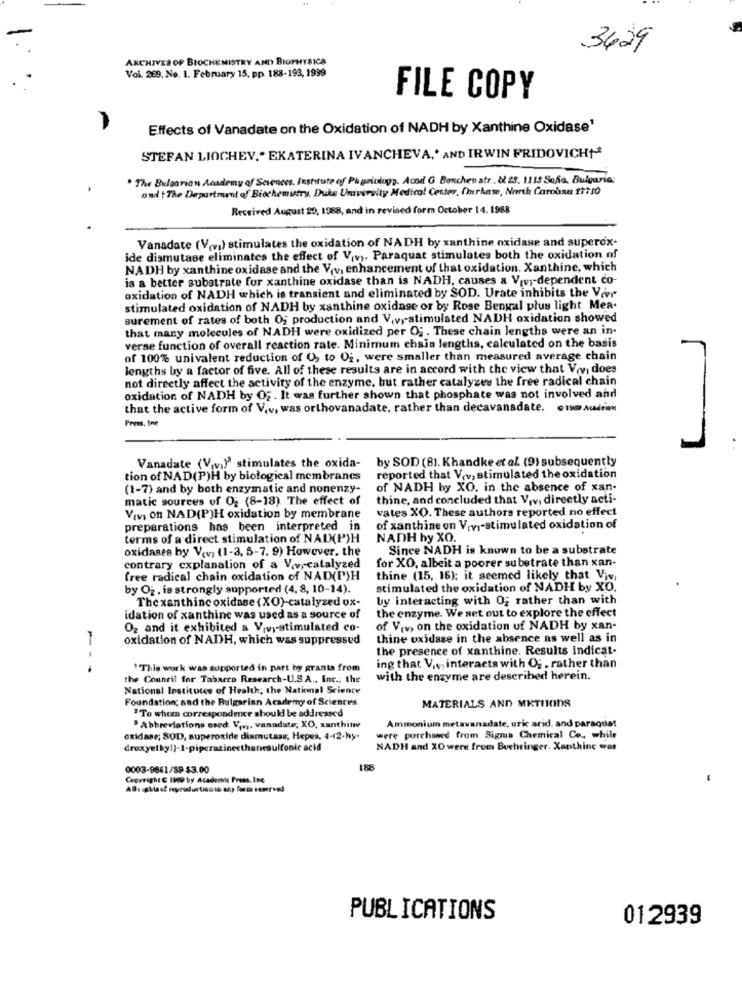
3629
ARCHIVES OF BIOCHEMISTRY AND BIOPHYSICS
Vol. 269. No. 1. February 15, pp. 188-193, 1999
FILE COPY
Effects of Vanadate on the Oxidation of NADH by Xanthine Oxidase'
STEFAN LIOCHEV." EKATERINA IVANCHEVA,' AND IRWIN FRIDOVICH+
. The Bulgarian Academy of Sciences. Institute of Physiology. Acod G Boncheu str .. & 23. 1119 Sofia, Bulgaria;
and t The Department of Biochemistry, Duke University Medical Center, (mrkas, North Carolina 17:10
Received August 20, 1988, and in revised form October 14. 1988
Vanadate (V(va) stimulates the oxidation of NADH by xanthine oxidase and superox-
ide dismutase eliminates the effect of Viv). Paraquat stimulates both the oxidation of
NADH by xanthine oxidase and the Vv, enhancement of that oxidation. Xanthine, which
is a better substrate for xanthine oxidase than is NADH, causes a Vivy-dependent co-
oxidation of NADH which is transient and eliminated by SOD. Urate inhibits the Vir
stimulated oxidation of NADH by xanthine oxidase or by Rose Bengal plus light Mea.
surement of rates of both 05 production and V.v .- stimulated NADH oxidation showed
that many molecules of NADH were oxidized per O; . These chain lengths were an in-
verse function of overall reaction rate. Minimum chain lengths, calculated on the basis
of 100% univalent reduction of O, to 0 ;, were smaller than measured average chain
lengths by a factor of five. All of these results are in accord with the view that Voy does
not directly affect the activity of the enzyme, but rather catalyzes the free radical chain
oxidation of NADH by OF. It was further shown that phosphate was not involved and
that the active form of V.v. was orthovanadate, rather than decavanadate. oise audrew
Press, Sne
by SOD (8). Khandke et al. (9) subsequently
Vanadate (Viv.)" stimulates the oxida-
tion of NAD(P)H by biological membranes
reported that Vev, stimulated the oxidation
(1-7) and by both enzymatic and nonenzy-
of NADH by XO, in the absence of xan-
matic sources of Og (8-18). The effect of
thine, and concluded that Viv, directly acti-
vates XO. These authors reported no effect
Yav, on NAD(P)H oxidation by membrane
preparations has been interpreted in
of xanthine on Vrv-stimulated oxidation of
terms of a direct stimulation of NAD(P)H
NADH hy XO.
oxidases by V(v) (1-3, 5-7. 9) However, the
Since NADH is known to be a substrate
for XO, albeit a poorer su betrate than xan-
contrary explanation of a Vwrcatalyzed
free radical chain oxidation of NAD(P)H
thine (15, 16); it seemed likely that Viv,
by O2. is strongly supported (4, 8, 10-14).
stimulated the oxidation of NADH by XO,
The xanthinc oxidase (XO)-catalyzed ox-
by interacting with O; rather than with
idation of xanthine was used as a source of
the enzyme. We set out to explore the effect
O2 and it exhibited & Vivy-stimulated co-
of Viv, on the oxidation of NADH by xan.
oxidation of NADH, which was suppressed
thine oxidase in the absence as well as in
the presence of xanthine. Results indicat-
"This work was supported in part by grants from
ing that V ... interacts with Og, rather than
the Council for Tobacco Research-U.S.A ., Inc .; the
with the enzyme are described herein.
National Institutes of Health; the National Science
Foundation; and the Bulgarian Academy of Sciences.
"To whom correspondence should be addressed
MATERIALS AND METHODS
Ammonium metavanadate, uric arid. and paraquat
" Abbreviations esed. Vi ,, vanndate; XO, xanthite
oxidase; SOD, superoxide dismutass, Hepes, 4-12-hy-
were purchased from Sigma Chemical Co ., while
droxyel kyl]-1-piperazineethanesulfonic acid
NADH and XO were from Boehringer. Xanthinc =a
0003-9861/89 $3.00
Cecwright C I19 by Academic Press, Inc
Allı Mad nyrodusticoin any form tenerved
PUBLICATIONS
012939